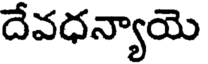
దేవధన్యాయె